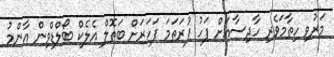
މަރުވި ހިތާމަވެރި ހާދިސާއަށް ފަހު ފުރަތަމަ ފަހަރަށް ބަތޮލް އެލެކް ބޯލްޑްވިން އާންމު